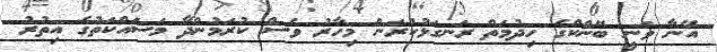
އޭނާ ވަނީ ބޭންކްގެ ހިދުމަތް ރަނގަޅުކުރަން މިހާރު ވެސް ކުރަމުންދާ މަސައްކަތުގެ އިތުރު